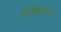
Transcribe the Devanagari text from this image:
दिवियापुर